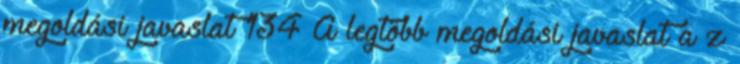
megoldási javaslat 134 A legtöbb megoldási javaslat a z